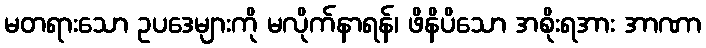
မတရားသော ဥပဒေများကို မလိုက်နာရန်၊ ဖိနိပိသော အစိုးရအား အာဏာ